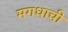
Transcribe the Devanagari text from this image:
मगधाची